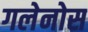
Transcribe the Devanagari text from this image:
गलेनोस